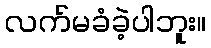
လက်မခံခဲ့ပါဘူး။